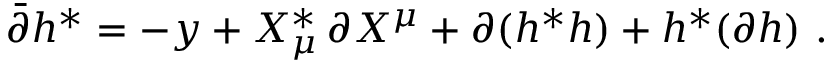
\bar { \partial } h ^ { * } = - y + X _ { \mu } ^ { * } \, \partial X ^ { \mu } + \partial ( h ^ { * } h ) + h ^ { * } ( \partial h ) \ .